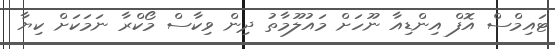
ޓައިމްސް އޮފް އިންޑިއާ ނޫހަށް މައުލޫމާތު ދިން ވިކާސް މޯކްރާ ނަމަކަށް ކިޔާ